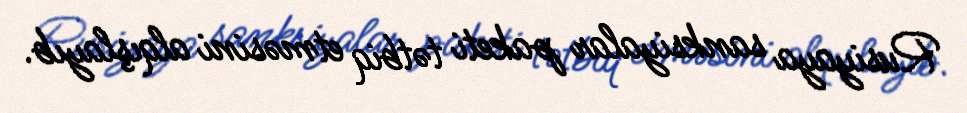
Rusiyaya sanksiyalar paketi tətbiq etməsini alqışlayıb.